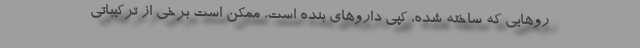
روهایی که ساخته شده، کپی داروهای بنده است، ممکن است برخی از ترکیباتی